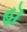
હૉ